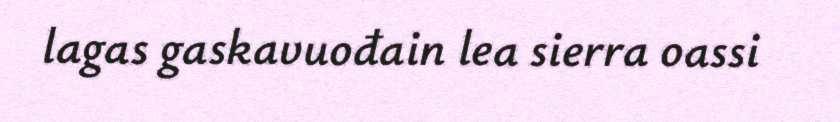
lagas gaskavuođain lea sierra oassi